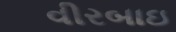
વીરબાઇ